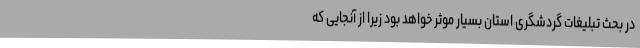
در بحث تبلیغات گردشگری استان بسیار موثر خواهد بود زیرا از آنجایی که